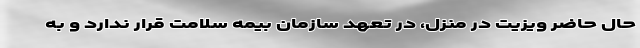
حال حاضر ویزیت در منزل، در تعهد سازمان بیمه سلامت قرار ندارد و به